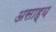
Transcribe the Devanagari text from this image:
असाह्य